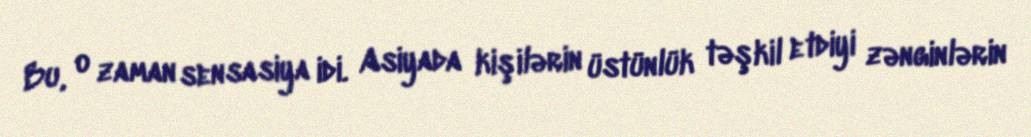
Bu, o zaman sensasiya idi. Asiyada kişilərin üstünlük təşkil etdiyi zənginlərin